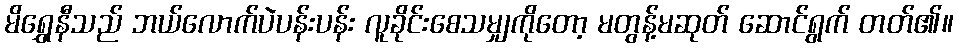
မိရွှေနီသည် ဘယ်လောက်ပဲပန်းပန်း လူခိုင်းစေသမျှကိုတော့ မတွန့်မဆုတ် ဆောင်ရွက် တတ်၏။